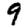
Digit: 9